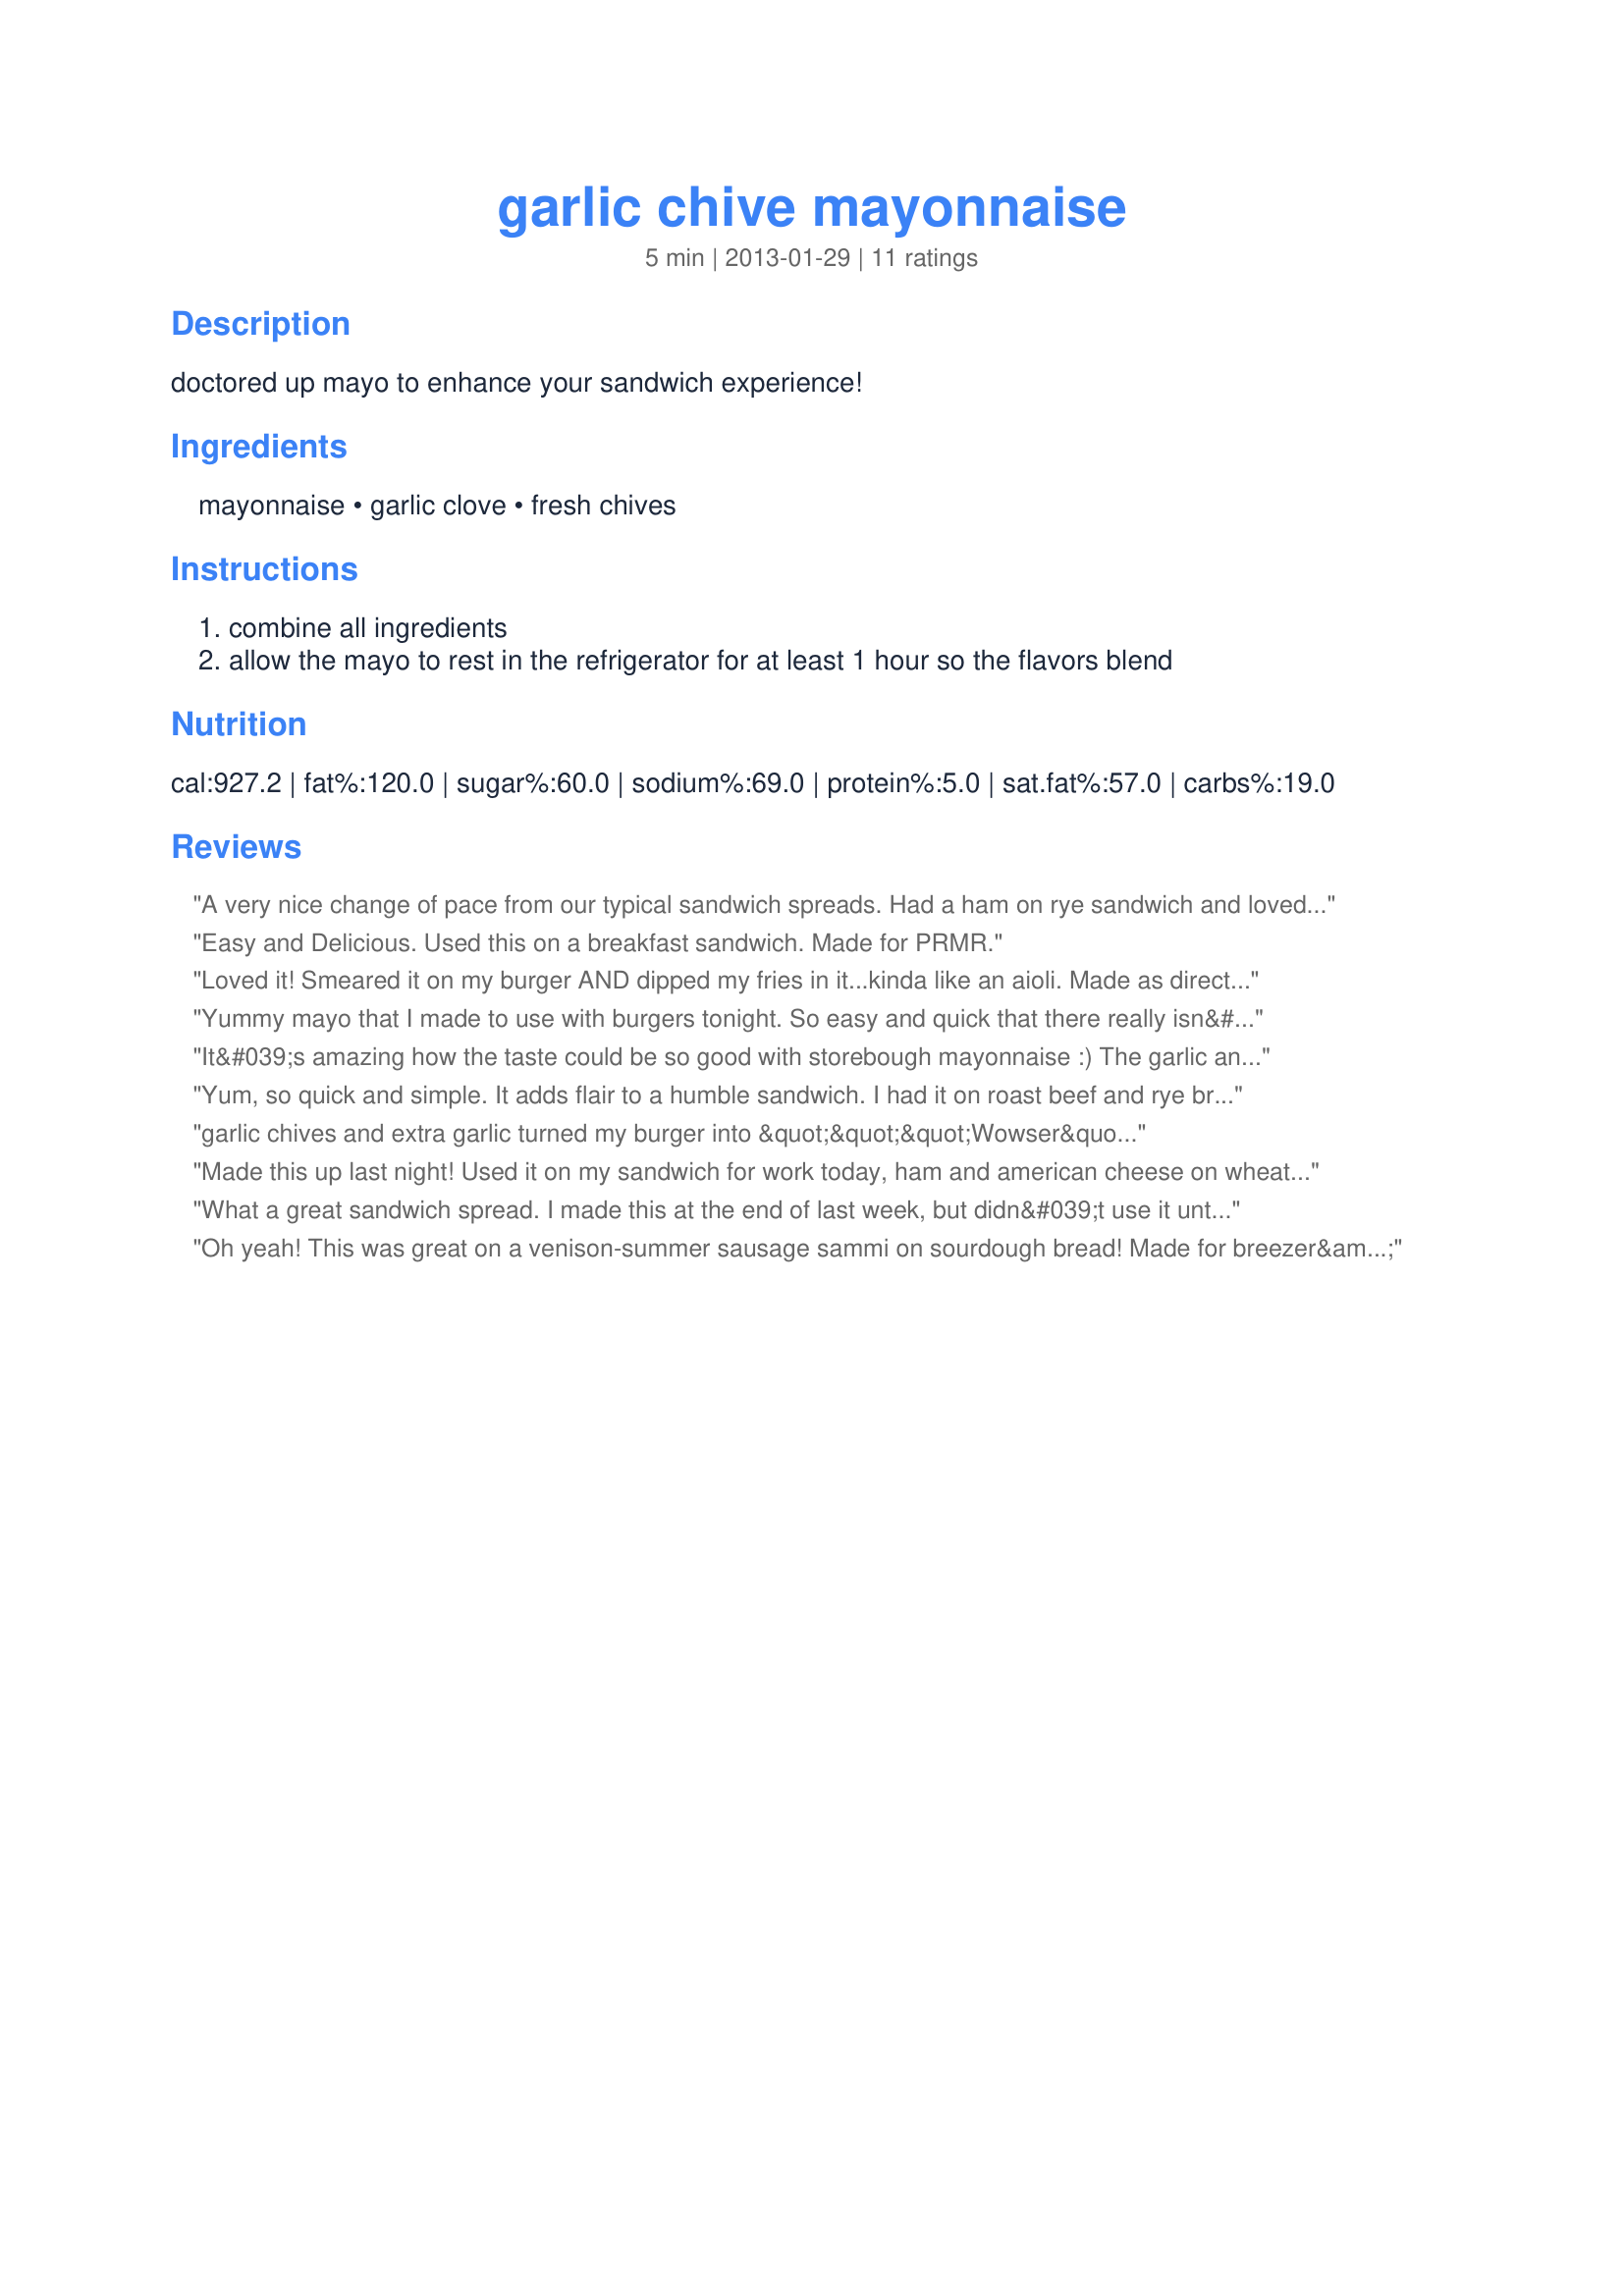
garlic chive mayonnaise
Preparation time: 5 minutes

doctored up mayo to enhance your sandwich experience!

Ingredients:
mayonnaise, garlic clove, fresh chives

Steps:
combine all ingredients
allow the mayo to rest in the refrigerator for at least 1 hour so the flavors blend

Reviews:
A very nice change of pace from our typical sandwich spreads. Had a ham on rye sandwich and loved it! Cant wait to use it on burgers and anything else I can find. Will be making again breezermom thank you for posting. Made and reviewed for the For Your Consideration tag game.
Easy and Delicious. Used this on a breakfast sandwich. Made for PRMR.
Loved it! Smeared it on my burger AND dipped my fries in it...kinda like an aioli. Made as directed - thanks for sharing another keeper, breezermom!
Yummy mayo that I made to use with burgers tonight. So easy and quick that there really isn&#039;t any reason not not to add this to your regular mayo thats always in the fridge. A+ from me.
It&#039;s amazing how the taste could be so good with storebough mayonnaise :) The garlic and chives adds so much to a plain mayonnaise. I would do that very often this summer with my fresh chives. Thanks breezermom :) Made for Photo tag game
Yum, so quick and simple. It adds flair to a humble sandwich. I had it on roast beef and rye bread. What I really liked about this mayo is that it got me thinking about other combinations that I can use from my herb garden.
garlic chives and extra garlic turned my burger into &quot;&quot;&quot;Wowser&quot;&quot;
Made this up last night! Used it on my sandwich for work today, ham and american cheese on wheat. VERY NICE!!! And since there is still some left over, I plan on having it again over the weekend. Other nice thing is that I got to use the chives right from my garden! Made for Football Pool, 2013.
What a great sandwich spread. I made this at the end of last week, but didn&#039;t use it until the weekend (over 24 hours for the flavors to blend). WOW... the garlic definitely shines through. Hubby used it on a left-over Thanksgiving turkey sandwich, but I used it on a roast beef and lettuce sandwich. It was a nice change from plain mayo or horseradish on a roast beef sandwich, and hubby enjoyed it on his as well. Thank you for posting. (Made for Football Pool week 12 win)
Oh yeah! This was great on a venison-summer sausage sammi on sourdough bread! Made for breezer&#039;s football win 2014.
Easy and yummy! I used on a sandwich and loved it. Thanks! Made for Rookie Tag.
